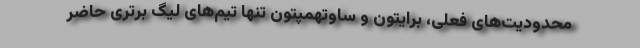
محدودیت‌های فعلی، برایتون و ساوتهمپتون تنها تیم‌های لیگ برتری حاضر